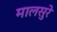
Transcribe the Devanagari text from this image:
मालसुरे